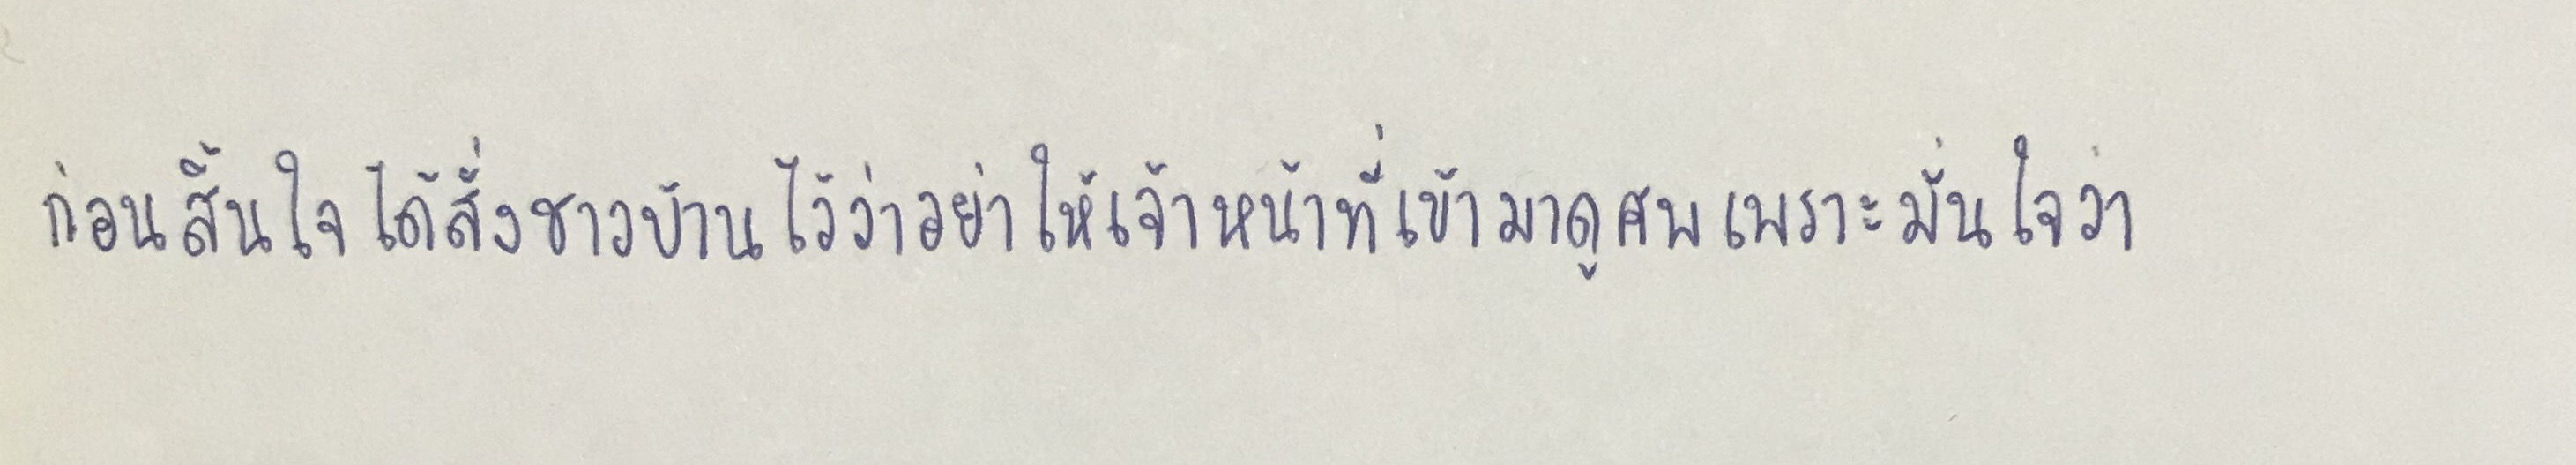
ก่อนสิ้นใจได้สั่งชาวบ้านไว้ว่าอย่าให้เจ้าหน้าที่เข้ามาดูศพเพราะมั่นใจว่า